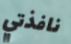
نافذتي